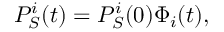
\begin{array} { r } { P _ { S } ^ { i } ( t ) = P _ { S } ^ { i } ( 0 ) \Phi _ { i } ( t ) , } \end{array}